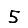
Digit: 5